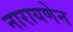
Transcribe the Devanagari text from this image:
नारायणेन